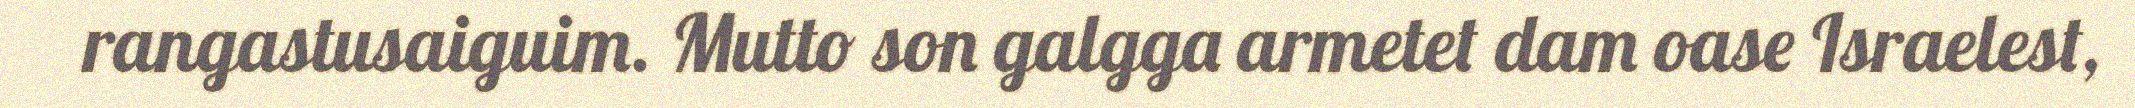
rangastusaiguim. Mutto son galgga armetet dam oase Israelest,